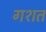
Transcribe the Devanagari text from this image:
गशत